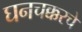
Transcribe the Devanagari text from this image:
घनचक्करचे